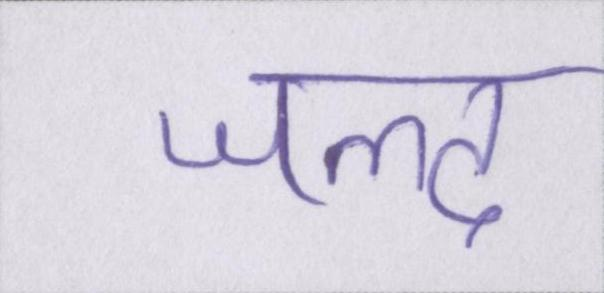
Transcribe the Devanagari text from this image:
जल्द